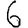
Digit: 6